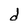
Character: d